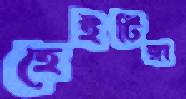
হেইটিঙ্গা